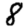
Digit: 8